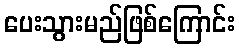
ပေးသွားမည်ဖြစ်ကြောင်း